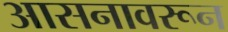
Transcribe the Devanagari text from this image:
आसनावरून